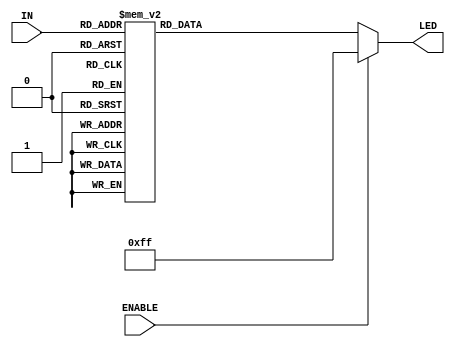
module decode3_8(IN, LED, ENABLE) ;
	input [2:0] IN ;
	input ENABLE ;
	output reg [7:0] LED ;
	always @ (IN)
	begin
		if(~ENABLE)
		begin
			case(IN)
				3'b000 : LED = 8'b11111110 ;
				3'b001 : LED = 8'b11111101 ;
				3'b010 : LED = 8'b11111011 ;
				3'b011 : LED = 8'b11110111 ;
				3'b100 : LED = 8'b11101111 ;
				3'b101 : LED = 8'b11011111 ;
				3'b110 : LED = 8'b10111111 ;
				3'b111 : LED = 8'b01111111 ;
			endcase
		end
		else LED = 8'b11111111 ;
	end
endmodule